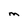
Character: M